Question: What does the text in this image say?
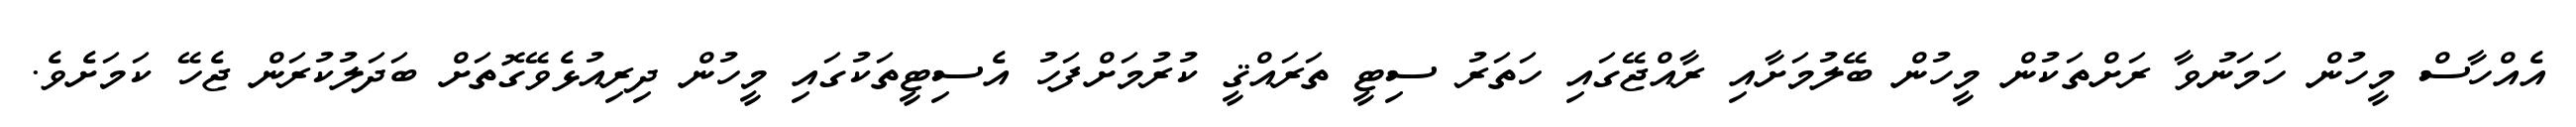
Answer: އެއްހާސް މީހުން ހަމަނުވާ ރަށްތަކުން މީހުން ބޭލުމަށާއި ރާއްޖޭގައި ހަތަރު ސިޓީ ތަރައްޤީ ކުރުމަށްފަހު އެސިޓީތަކުގައި މީހުން ދިރިއުޅެވޭގޮތަށް ބަދަލުކުރަން ޖެހޭ ކަމަށެވެ.